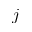
j